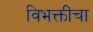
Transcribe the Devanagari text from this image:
विभक्तींचा